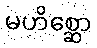
မဟိစ္ဆော